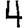
Digit: 4